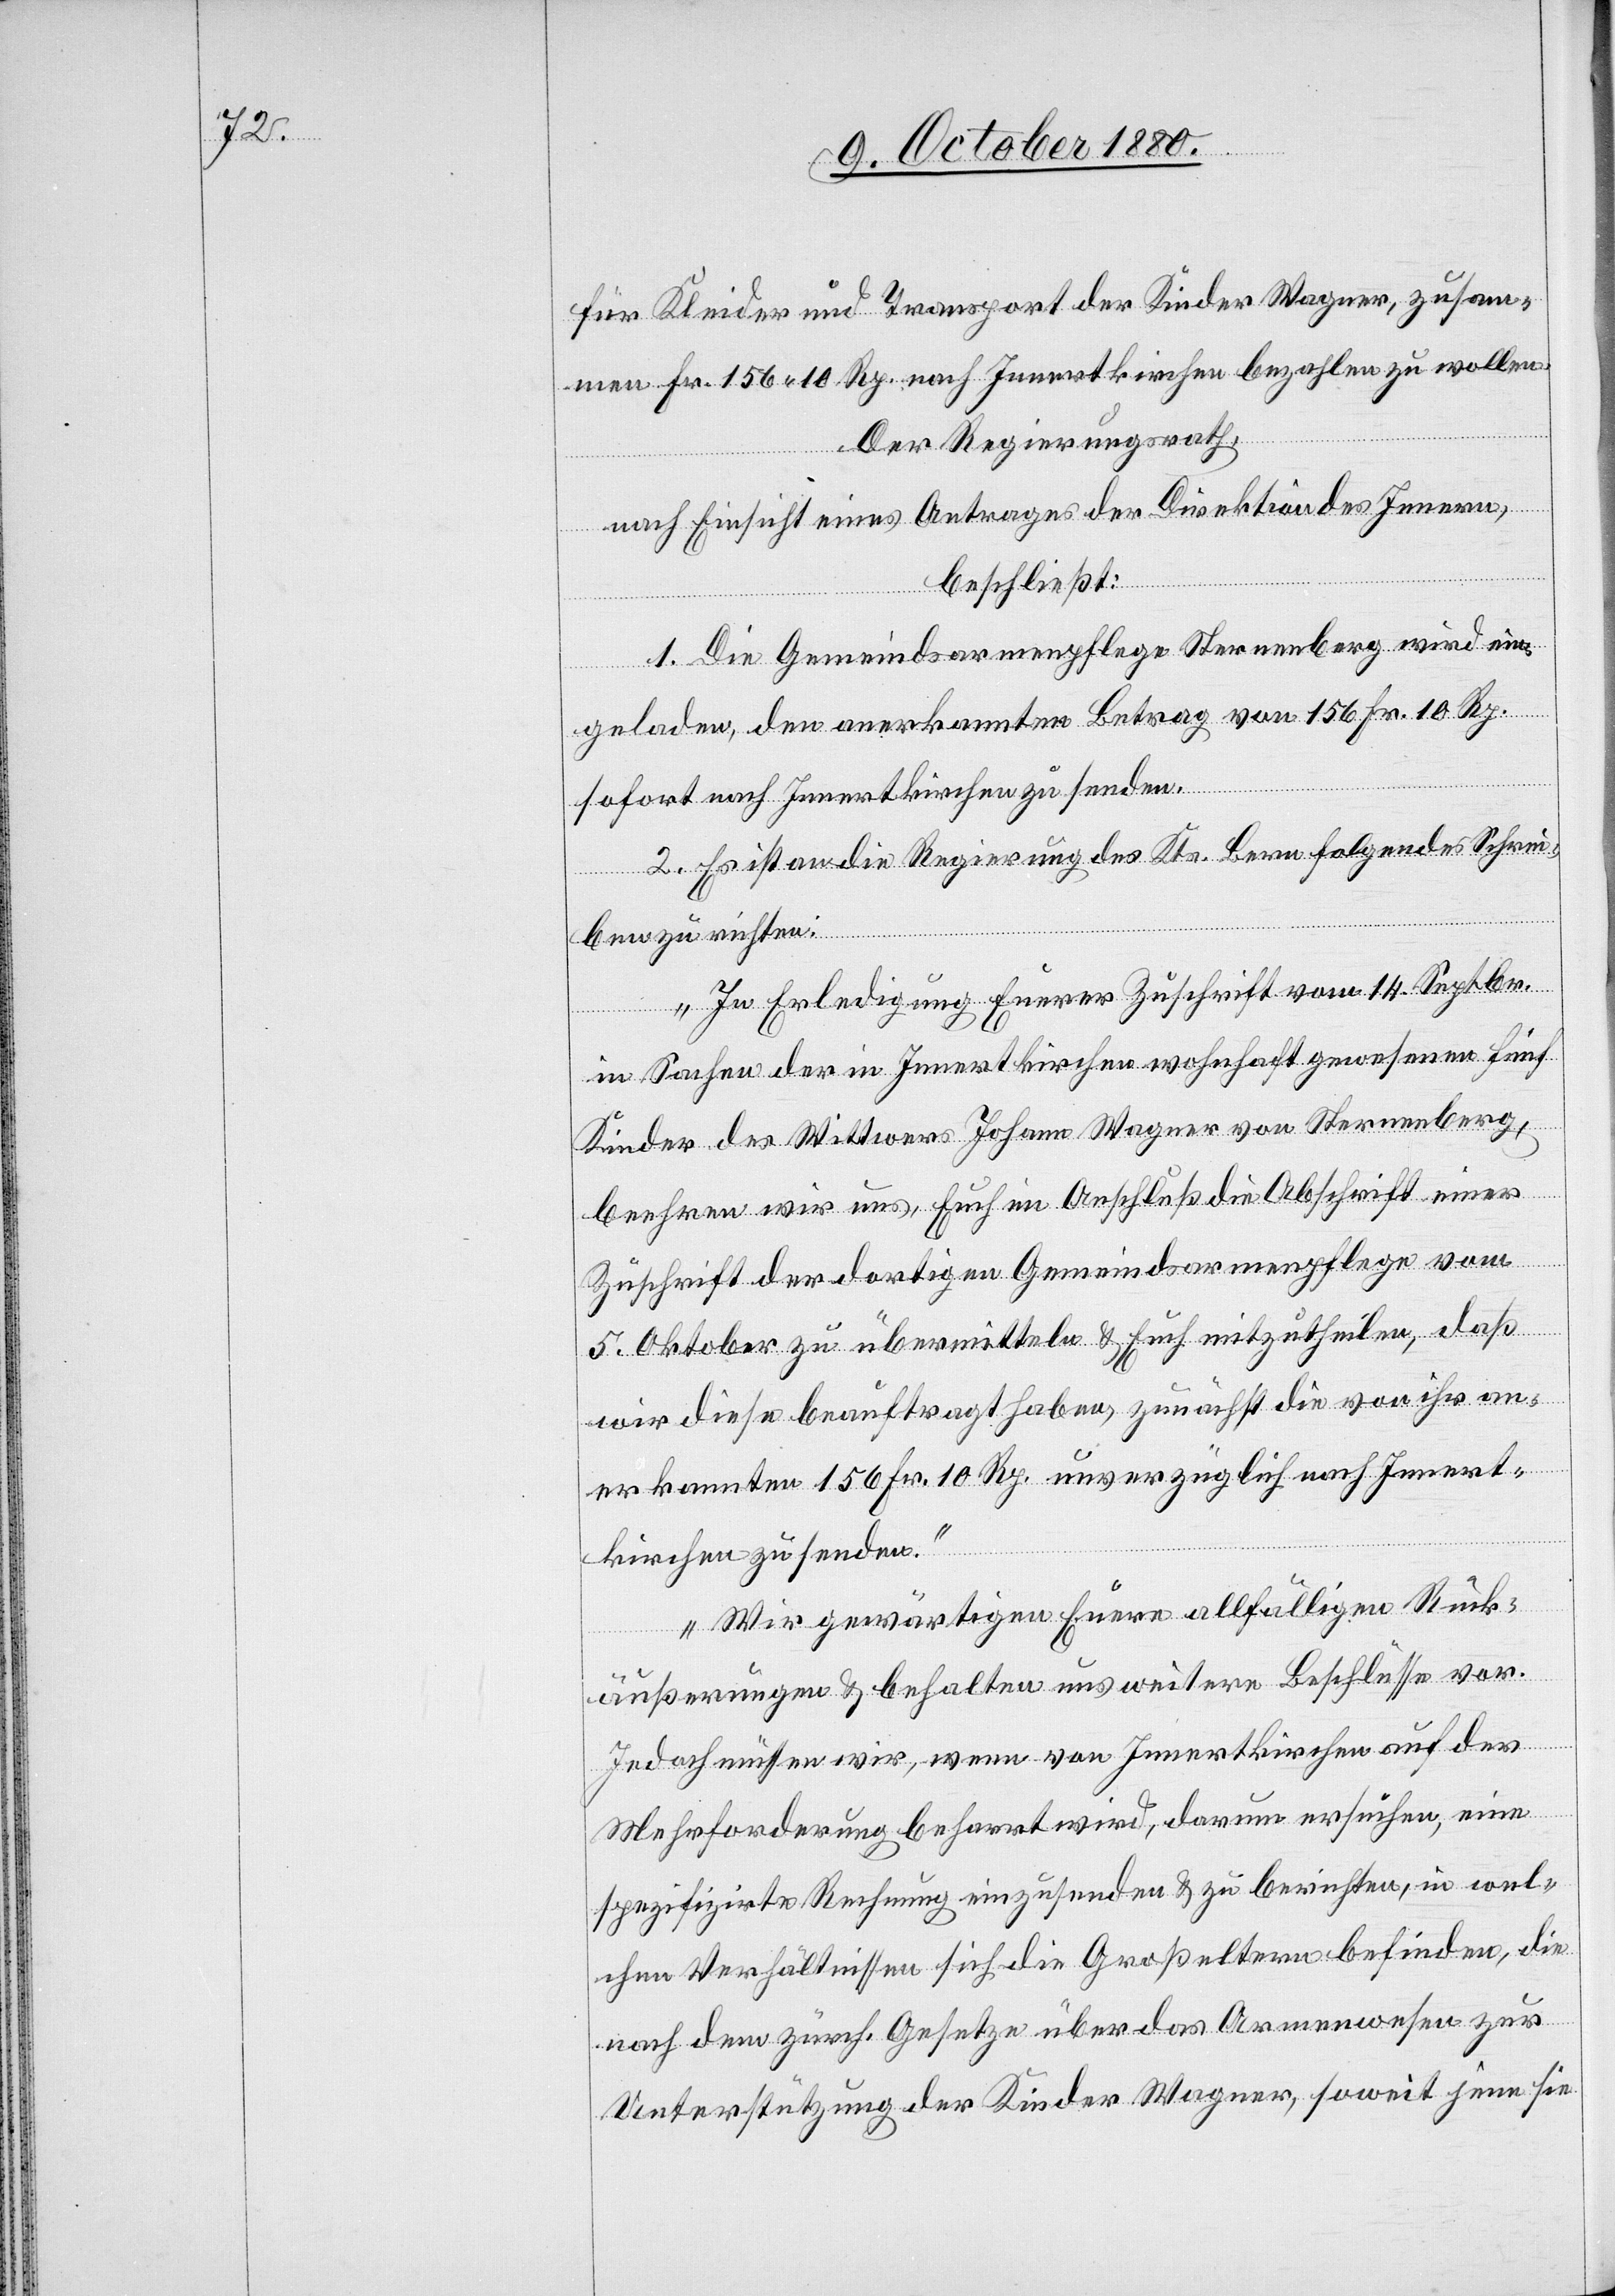
für Kleider und Transport der Kinder Wagner, zusam¬
men Fr. 156 10 Rp. nach Innertkirchen bezahlen zu wollen.
Der Regierungsrath,
nach Einsicht eines Antrages der Direktion des Innern,
beschließt:
1. Die Gemeindsarmenpflege Sternenberg wird ein¬
geladen, den anerkannten Betrag von 156 Fr. 10 Rp.
sofort nach Innertkirchen zu senden.
2. Es ist an die Regierung des Kts. Bern folgendes Schrei¬
ben zu richten:
„In Erledigung Euerer Zuschrift vom 14. Septbr.
in Sachen der in Innertkirchen wohnhaft gewesenen fünf
Kinder des Wittwers Johann Wagner von Sternenberg,
beehren wir uns, Euch im Anschluß die Abschrift einer
Zuschrift der dortigen Gemeindsarmenpflege vom
5. Oktober zu übermitteln & Euch mitzutheilen, daß
wir diese beauftragt haben, zunächst die von ihr an¬
erkannten 156 Fr. 10 Rp. unverzüglich nach Innert¬
kirchen zu senden.
Wir gewärtigen Euere allfälligen Rück¬
äußerungen & behalten uns weitere Beschlüsse vor.
Jedoch müssen wir, wenn von Innertkirchen auf der
Mehrforderung beharrt wird, darum ersuchen, eine
spezifizirte Rechnung einzusenden & zu berichten, in wel¬
chen Verhältnissen sich die Großeltern befinden, die
nach dem zürch. Gesetze über das Armenwesen zur
Unterstützung der Kinder Wagner, soweit jene sie